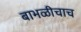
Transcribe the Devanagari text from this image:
बाभळीचाच